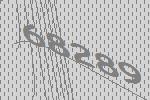
68289